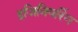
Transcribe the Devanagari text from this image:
इजिनियरिंग